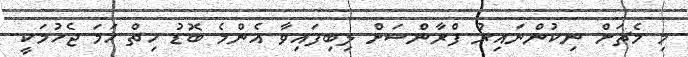
މި މެޗަށް ނިކުންނައިރު ފްރާންސަށް ލިބިފައިވާ އެންމެ ބޮޑު ހިތް ހަމަ ޖެހުމަކީ